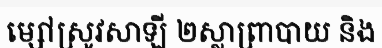
ម្សៅស្រូវសាឡី ២ស្លាព្រាបាយ និង